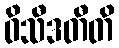
ဝိသီဒတီတိ